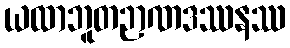
ယထာဘူတဉာဏဒဿနဿ